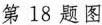
第18题图